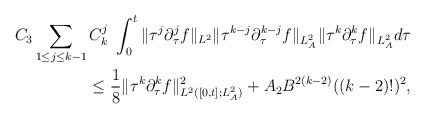
LaTeX: \begin{align*}C_3\sum_{1\le j\le k-1}C^j_k\ \int^t_0\|\tau^{j}\partial^{j}_\tau f\|_{L^2}\|\tau^{k-j}\partial^{k-j}_\tau f\|_{L^2_A}\|\tau^k\partial^k_\tau f\|_{L^2_A}d\tau\\\le \frac{1}{8}\|\tau^k\partial^k_\tau f\|^2_{L^2([0,t];L^2_A)}+A_2 B^{2(k-2)}((k-2)!)^2,\end{align*}